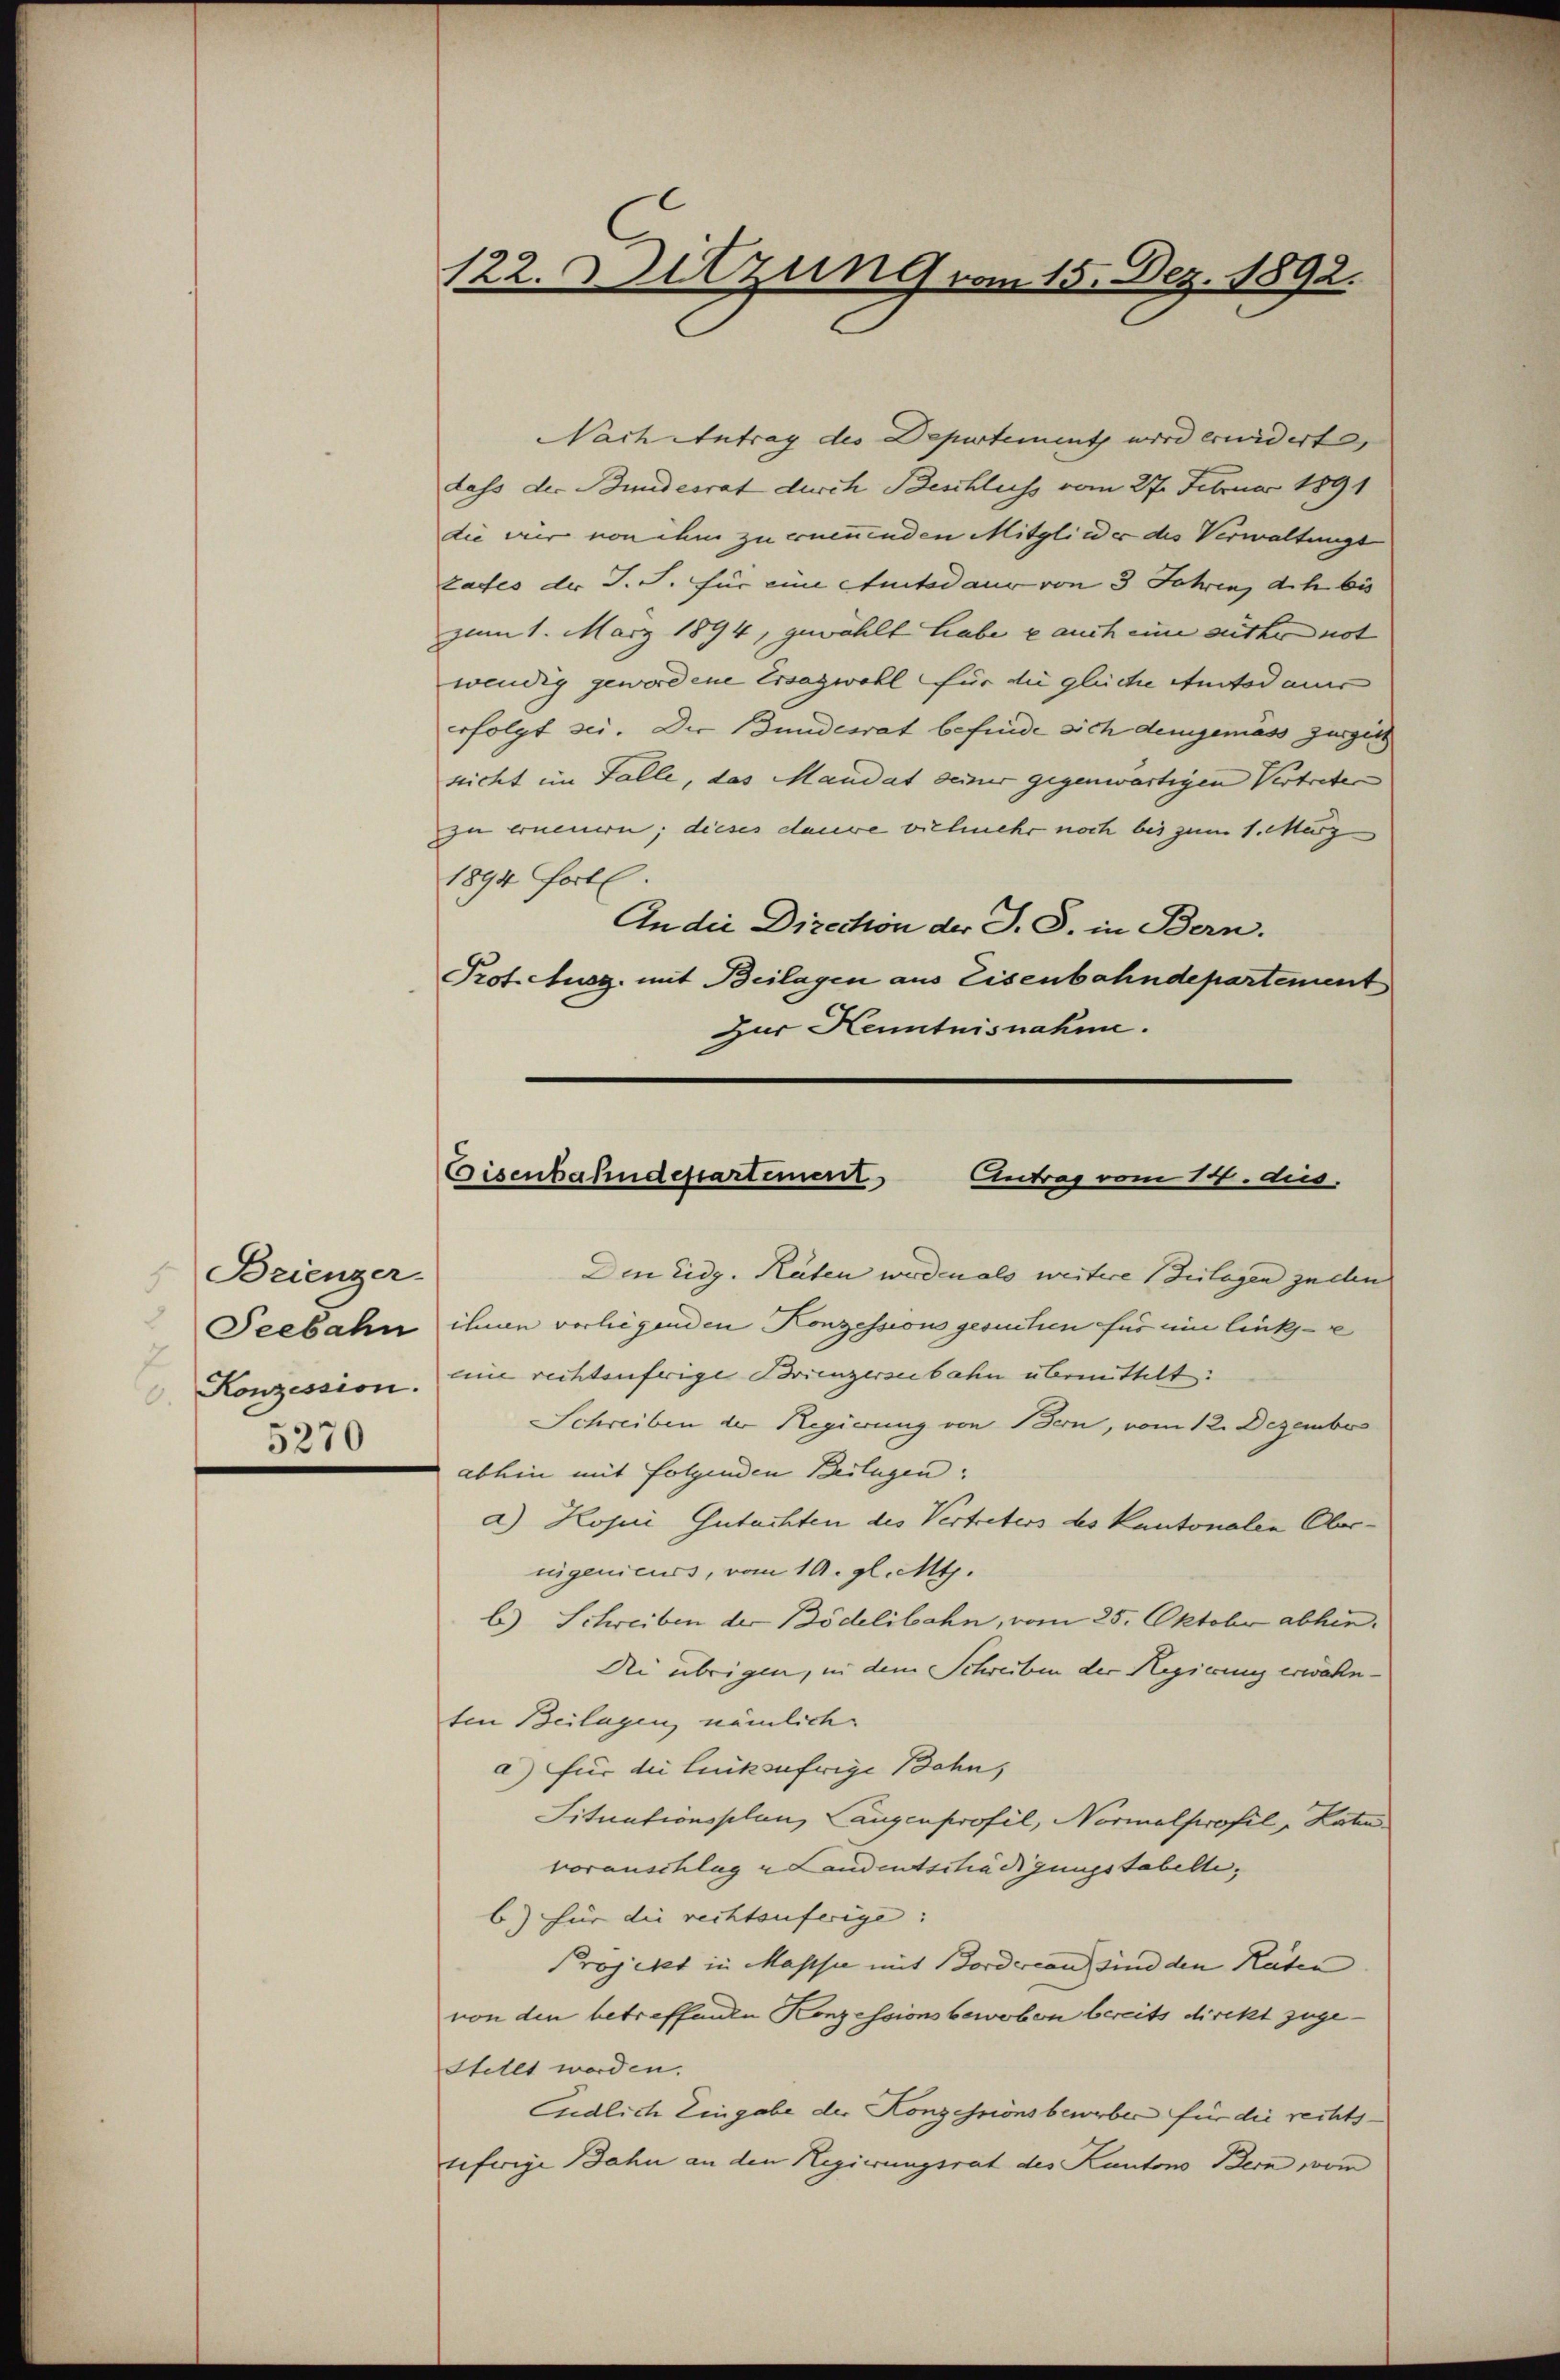
Brienger.
5270

Nach Antrag des Departement wird erwidert,
dass der Bundesrat durch Beschluss vom 27. Februar 1891
die vier von ihm zu erneuenden Mitglieder des Verwaltunge
tates der J. J. für eine Atuitadaur von 3 Jahren, dich bis
zum 1. März 1894, gewählt habe e auch eine seither not
wendig gewordene Ersagwohl für die gleiche Autod aus
erfolgt sei. Der Bundesrat befinde sich demgemäss zuges
zeicht im Falle, das Mandat seiner gegenwärtigen Vertreten
zu erneuern; dieses daure vielmehr noch bis zum 1. März
1894 fort.
An die Direction der J. S. in Bern.
Prot. Ausg. mit Beilagen aus Eisenbahndepartement
Zur Kenntnisnahme.
Den Eidg. Räten werden als weitere Zulagen zu den
Seebahn ihnen vorliegenden Konzessions gesuchen für eine linkse
Konzession. Eine rechtenfrige Brienzerzubahn übermittelt:
Schreiben der Regierung von Bern, vom 12. Dezembers
abhin mit folgenden Beilagen:
a) Hopii Gutachten des Vertreters des Kantonalen Obernigenieurs, vom 19. gl. Mts.
b) Schreiben der Bödelibahn, vom 25. Oktober abhin,
Dei übrigen, in dem Schreiben der Regierung erwähnten Beilagen, nämlich
a) für die linksufrige Bahn,
Situationsplanz Augenprofil, Normalprofil, Katen
voranschlag u Landentschädigungstabelle,
b) für die rechtsuferige: |
Projekt in Masse mit Bordercan sind den Reiten
von den betreffenden Konzessionsbewoben bereits direkt zuge¬
Stellt worden.
Endlich Eingabe der Konzessionsbeweber für die rechtsuferige Bahn an den Regierungsrat des Kantons Bern vom

122. Sitzung vom 15. Dez. 1892.

Gisenbahndepartement Antrag vom 14. dies